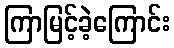
ကြာမြင့်ခဲ့ကြောင်း